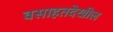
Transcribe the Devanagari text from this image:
वसाहतदेखील